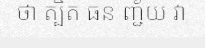
ថា ត្បិត ធន ញ្ជ័យ វា